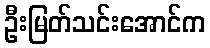
ဦးမြတ်သင်းအောင်က